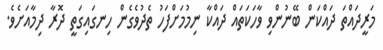
މަރީދައްތަ ދައްކަން ބޭނުންވި ވާހަކަތައް ދައްކާ ނިމުމަށްފަހު ތެދުވެގެން ހިނގައިގަތީ ދޮރާ ދިމާއަށެވެ.